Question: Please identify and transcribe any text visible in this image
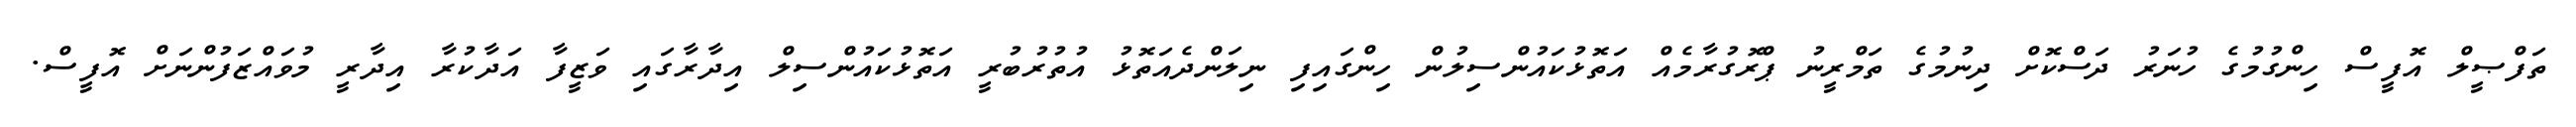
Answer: ތަފްޞީލް އޮފީސް ހިންގުމުގެ ހުނަރު ދަސްކޮށް ދިނުމުގެ ތަމްރީނު ޕްރޮގުރާމެއް އަތޮޅުކައުންސިލުން ހިންގައިފި ނިލަންދެއަތޮޅު އުތުރުބުރީ އަތޮޅުކައުންސިލް އިދާރާގައި ވަޒީފާ އަދާކުރާ އިދާރީ މުވައްޒަފުންނަށް އޮފީސް.